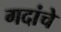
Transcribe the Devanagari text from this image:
गदांचे